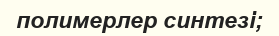
полимерлер синтезі;